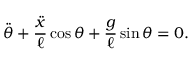
{ \ddot { \theta } } + { \frac { \ddot { x } } { \ell } } \cos \theta + { \frac { g } { \ell } } \sin \theta = 0 .